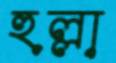
হুল্লা